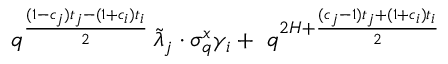
q ^ { \frac { ( 1 - c _ { j } ) t _ { j } - ( 1 + c _ { i } ) t _ { i } } { 2 } } \, \tilde { \lambda } _ { j } \cdot \sigma _ { q } ^ { x } \gamma _ { i } + \, \, q ^ { 2 H + \frac { ( c _ { j } - 1 ) t _ { j } + ( 1 + c _ { i } ) t _ { i } } { 2 } } \,